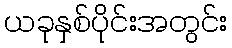
ယခုနှစ်ပိုင်းအတွင်း